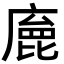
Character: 𢊩